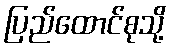
ပြည်ထောင်စုသို့